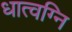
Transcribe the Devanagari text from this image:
धात्वग्नि